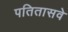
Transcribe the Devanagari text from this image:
पतितासवे